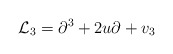
\begin{align*}{\mathcal L}_{3}=\partial^{3}+2u\partial+v_3\end{align*}